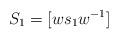
LaTeX: \begin{align*}S_1=[w s_1 w^{-1}]\end{align*}